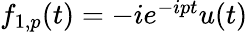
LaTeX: \begin{array}{r}{f_{1,p}(t)=-ie^{-ipt}u(t)}\end{array}